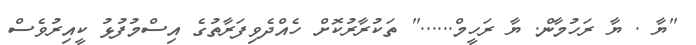
"ޔާ . ޔާ ރަހުމާން. ޔާ ރަހީމް......" ތަކުރާރުކޮށް ހެއްދެވިފަރާތުގެ އިސްމުފުޅު ކީއިރުވެސް